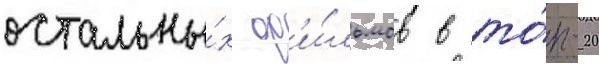
остальны́х ф'и́льмов в то́п-20